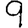
Digit: 9